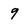
Character: 9